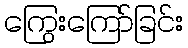
ကြွေးကြော်ခြင်း